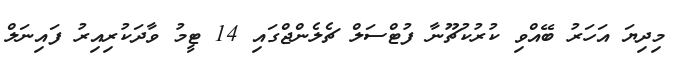
މިދިޔަ އަހަރު ބޭއްވި ކުރުކުޗޫނާ ފުޓްސަލް ޗެލެންޖްގައި 14 ޓީމު ވާދަކުރިއިރު ފައިނަލް